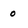
Character: o